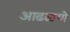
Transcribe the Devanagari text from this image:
आढळणे